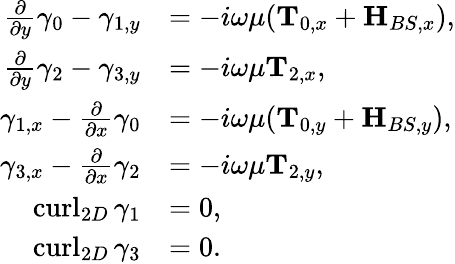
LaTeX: \begin{array}{rl}{\frac{\partial}{\partial y}\gamma_{0}-\gamma_{1,y}}&{=-i\omega\mu(\mathbf{T}_{0,x}+\mathbf{H}_{BS,x}),}\\ {\frac{\partial}{\partial y}\gamma_{2}-\gamma_{3,y}}&{=-i\omega\mu\mathbf{T}_{2,x},}\\ {\gamma_{1,x}-\frac{\partial}{\partial x}\gamma_{0}}&{=-i\omega\mu(\mathbf{T}_{0,y}+\mathbf{H}_{BS,y}),}\\ {\gamma_{3,x}-\frac{\partial}{\partial x}\gamma_{2}}&{=-i\omega\mu\mathbf{T}_{2,y},}\\ {\operatorname{curl}_{2D}\gamma_{1}}&{=0,}\\ {\operatorname{curl}_{2D}\gamma_{3}}&{=0.}\end{array}